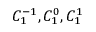
C _ { 1 } ^ { - 1 } , C _ { 1 } ^ { 0 } , C _ { 1 } ^ { 1 }